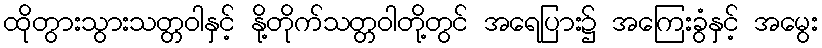
ထိုတွားသွားသတ္တဝါနှင့် နို့တိုက်သတ္တဝါတို့တွင် အရေပြား၌ အကြေးခွံနှင့် အမွေး